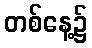
တစ်နေ့၌